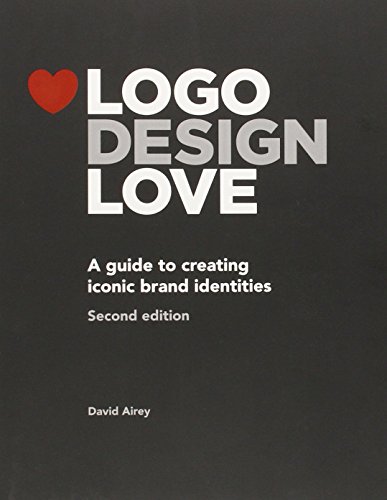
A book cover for Logo Design Love: A Guide to Creating Iconic Brand Identities, 2nd Edition; David Airey; Arts & Photography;